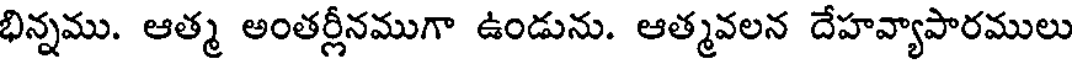
భిన్నము. ఆత్మ అంతర్లీనముగా ఉండును. ఆత్మవలన దేహవ్యాపారములు